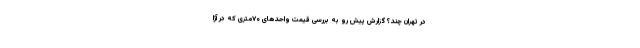
در تهران چند؟ گزارش پیش رو به بررسی قیمت واحدهای ۷۰متری که در آژا